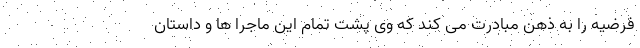
فرضیه را به ذهن مبادرت می کند که وی پشت تمام این ماجرا ها و داستان